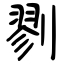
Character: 剹